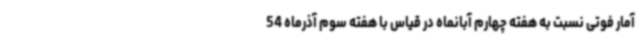
آمار فوتی نسبت به هفته چهارم آبانماه در قیاس با هفته سوم آذرماه 54